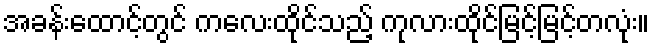
အခန်းထောင့်တွင် ကလေးထိုင်သည့် ကုလားထိုင်မြင့်မြင့်တလုံး။